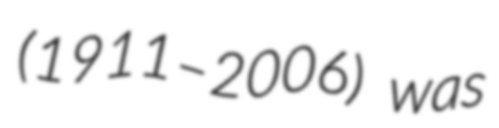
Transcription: (1911–2006) was